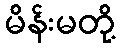
မိန်းမတို့